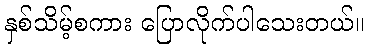
နှစ်သိမ့်စကား ပြောလိုက်ပါသေးတယ်။